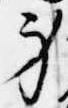
身